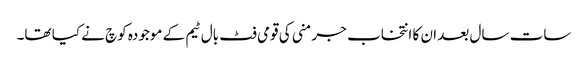
سات سال بعد ان کا انتخاب جرمنی کی قومی فٹ بال ٹیم کے موجودہ کوچ نے کیا تھا۔